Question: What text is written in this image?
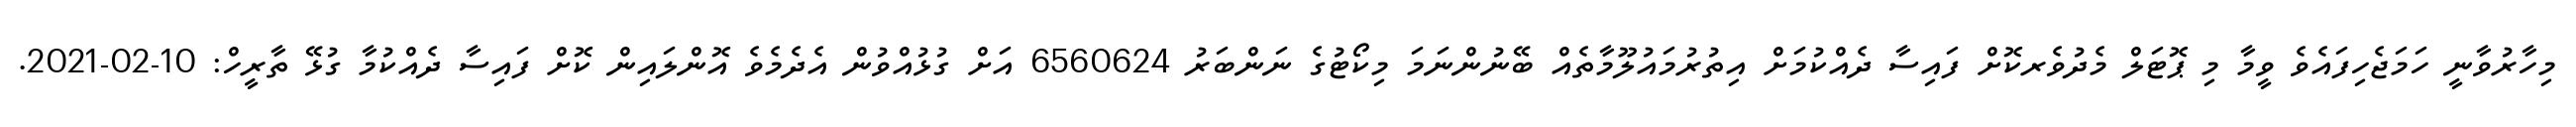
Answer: މިހާރުވާނީ ހަމަޖެހިފައެވެ ވީމާ މި ޕޮޓަލް މެދުވެރކޮށް ފައިސާ ދެއްކުމަށް އިތުރުމައުލޫމާތެއް ބޭނުންނަމަ މިކޯޓުގެ ނަންބަރު 6560624 އަށް ގުޅުއްވުން އެދެމެވެ އޮންލައިން ކޮށް ފައިސާ ދެއްކުމާ ގުޅޭ ތާރީހް: 10-02-2021.